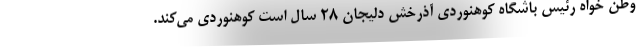
وطن خواه رئیس باشگاه کوهنوردی آذرخش دلیجان ۲۸ سال است کوهنوردی می‌کند.